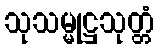
သုသမ္မုဋ္ဌသုတ္တံ